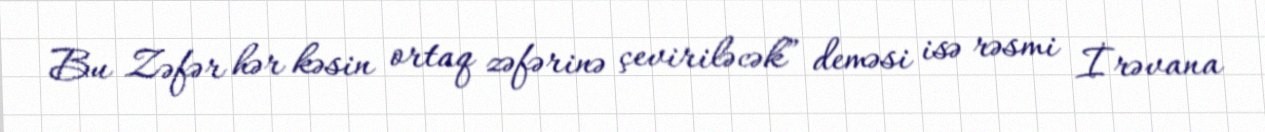
Bu Zəfər hər kəsin ortaq zəfərinə çeviriləcək” deməsi isə rəsmi İrəvana